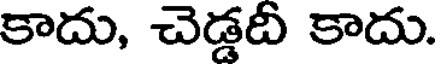
కాదు, చెడ్డది కాదు.